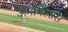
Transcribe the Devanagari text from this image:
अमर्विलास